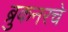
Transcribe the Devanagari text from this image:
ब्रुकनरचे